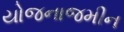
યોજનાજમીન